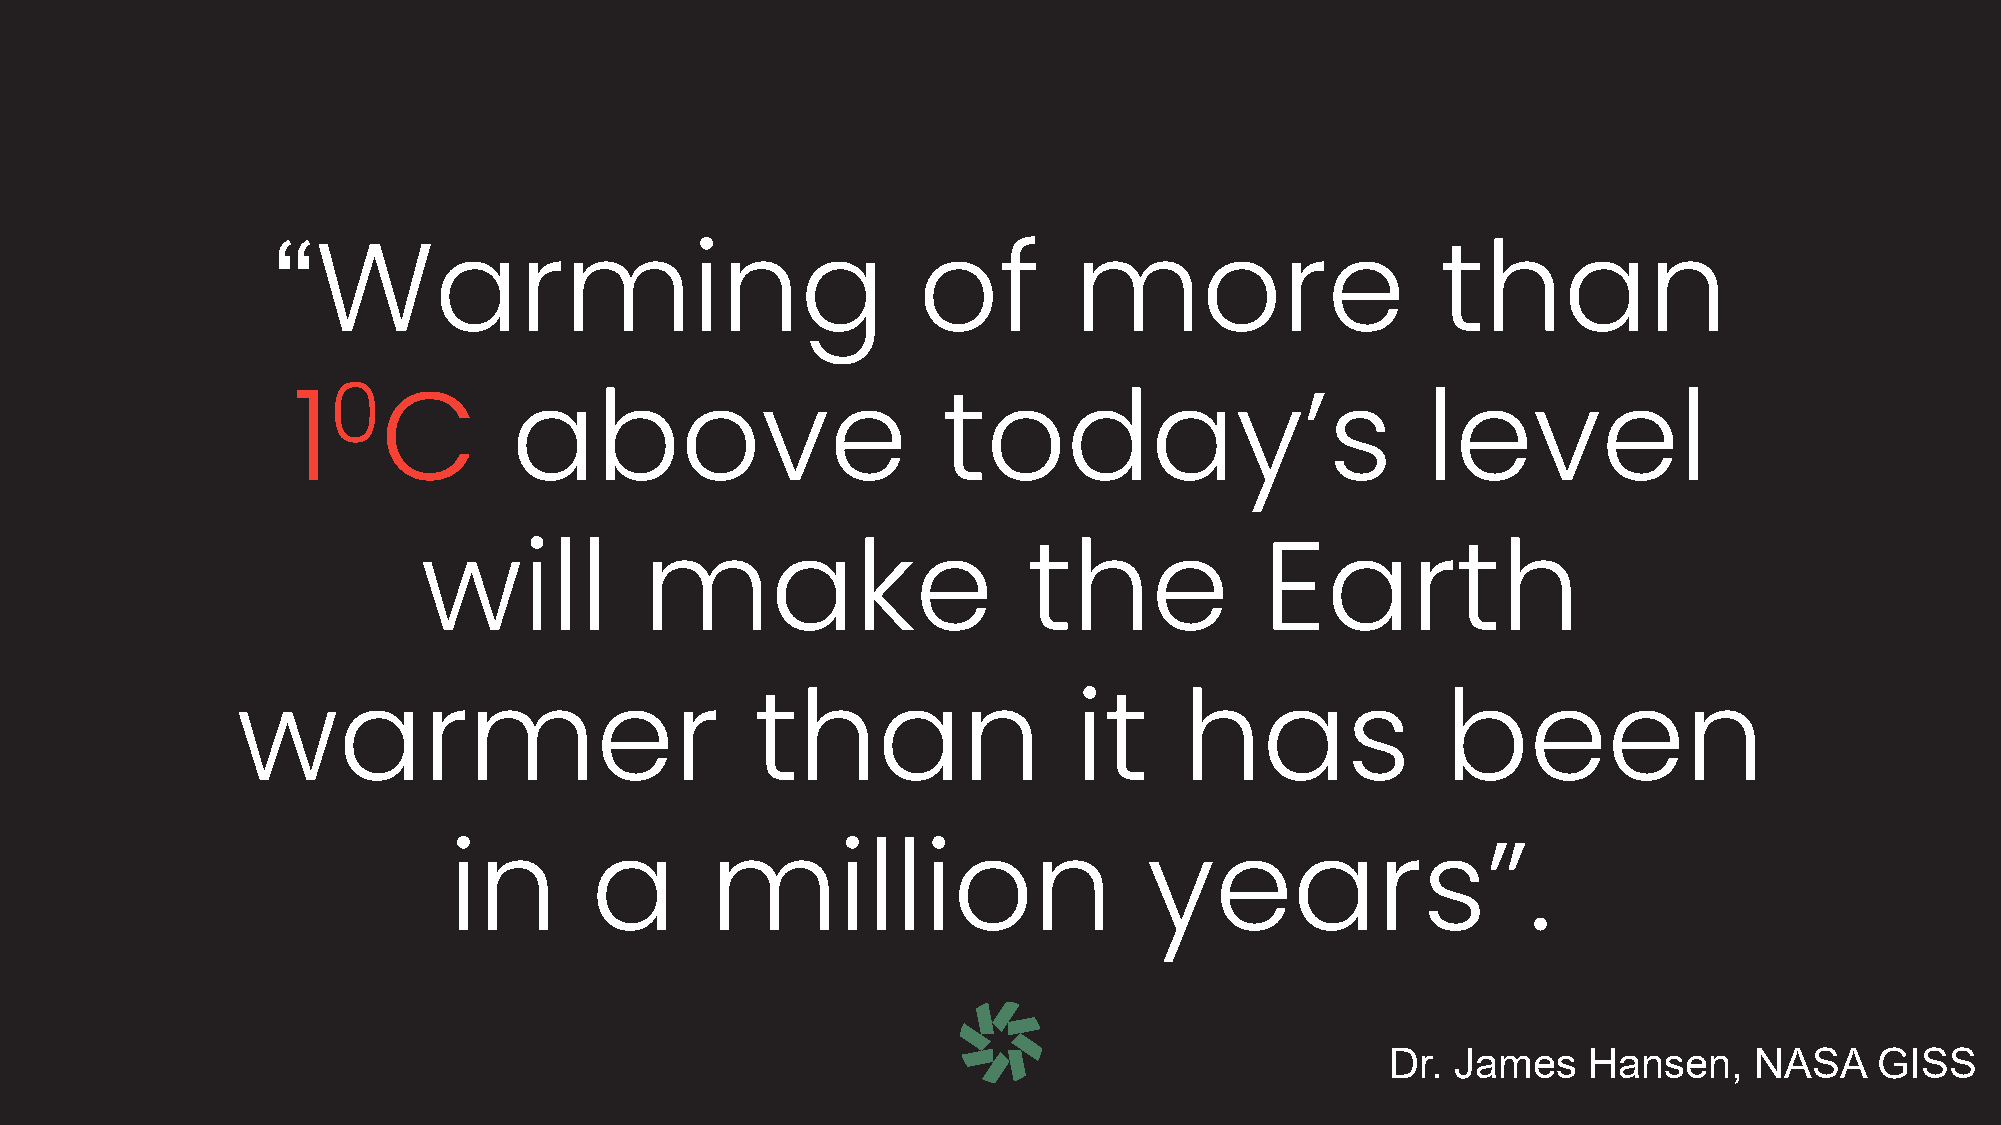
“
 Warming                                 of        more                    than
 0
 1     C        above                       today’s                         level
 will           make                     the             Earth
 warmer                            than                 it     has               been
 in       a       million                      years”.
 Dr. James    Hansen,    NASA    GISS
 4